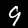
Digit: 9